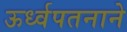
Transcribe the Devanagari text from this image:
ऊर्ध्वपतनाने